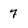
Character: 7